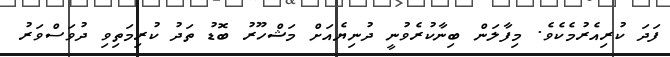
ފަދަ ކުރިއެރުމެކެވެ. މިފާލަން ބިނާކުރެވުނީ ދުނިޔެއަށް މަޝްހޫރު ބޮޑު ތަދު ކުރިމަތިވި ދުވަސްވަރު